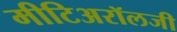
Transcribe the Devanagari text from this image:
मीटिअरॉलजी